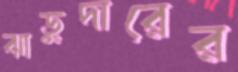
ঝাড়ুদারের